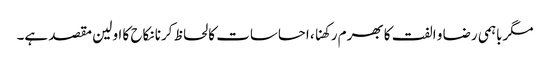
مگرباہمی رضا و الفت کا بھرم رکھنا، احساسات کا لحاظ کرنا نکاح کا اولین مقصد ہے۔